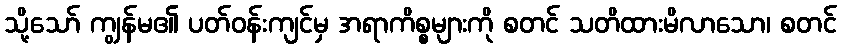
သို့သော် ကျွန်မ၏ ပတ်ဝန်းကျင်မှ အရာကိစ္စများကို စတင် သတိထားမိလာသော၊ စတင်